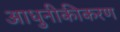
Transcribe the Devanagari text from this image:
आधुनीकीकरण